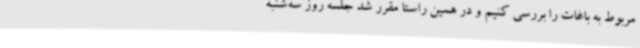
مربوط به باغات را بررسی کنیم و در همین راستا مقرر شد جلسه روز سه‌شنبه